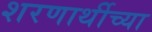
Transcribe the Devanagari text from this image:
शरणार्थीच्या